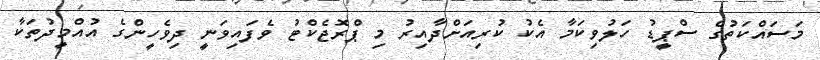
މަސައްކަތުގެ ސްޕީޑު ހަލުވިކަމާ އެކު ކުރިއަށްދާއިރު މި ޕްރޮޖެކްޓު ވެފައިވަނީ ދިވެހީންގެ އުއްމީދުތަކާ